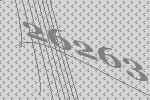
26263